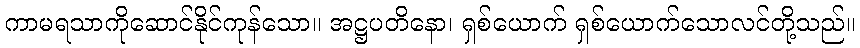
ကာမရသာကိုဆောင်နိုင်ကုန်သော။ အဋ္ဌပတိနော၊ ရှစ်ယောက် ရှစ်ယောက်သောလင်တို့သည်။